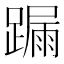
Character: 𨄋